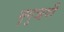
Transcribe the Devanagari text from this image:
भृगुऋषी